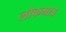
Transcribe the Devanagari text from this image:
लोकमात्र